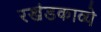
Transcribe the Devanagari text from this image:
रखंडकाव्ये